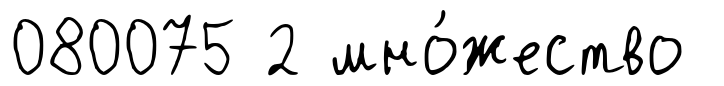
080075 2 мно́жество